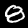
Digit: 8